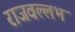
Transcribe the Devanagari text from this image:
राजवल्‍लभ